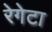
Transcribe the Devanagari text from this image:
रेगेटा